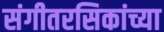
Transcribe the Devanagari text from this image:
संगीतरसिकांच्या